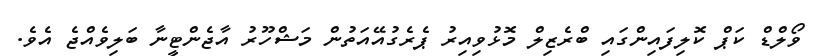
ވޯލްޑް ކަޕް ކޮލިފައިންގައި ބްރެޒިލް މޮޅުވިއިރު ޕެރެގުއޭއަތުން މަޝްހޫރު އާޖެންޓީނާ ބަލިވެއްޖެ އެވެ.